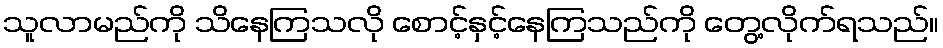
သူလာမည်ကို သိနေကြသလို စောင့်နှင့်နေကြသည်ကို တွေ့လိုက်ရသည်။